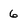
Character: 6